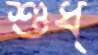
শুধ্